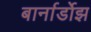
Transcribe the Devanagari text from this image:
बार्नार्डोझ